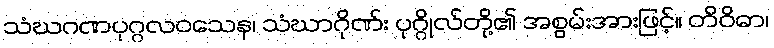
သံဃဂဏပုဂ္ဂလဝသေန၊ သံဃာဂိုဏ်း ပုဂ္ဂိုလ်တို့၏ အစွမ်းအားဖြင့်။ တိဝိဓာ၊